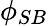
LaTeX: \phi_{SB}